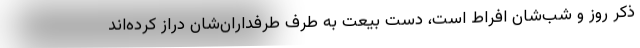
ذکر روز و شب‌شان افراط است، دست بیعت به طرف طرفداران‌شان دراز کرده‌اند